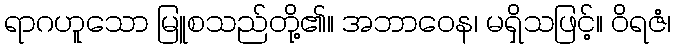
ရာဂဟူသော မြူစသည်တို့၏။ အဘာဝေန၊ မရှိသဖြင့်။ ဝိရဇံ၊